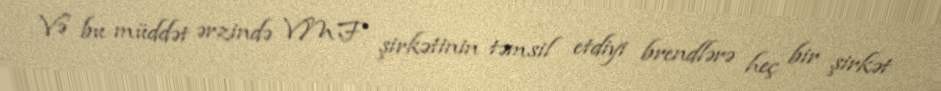
Və bu müddət ərzində VMF şirkətinin təmsil etdiyi brendlərə heç bir şirkət